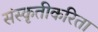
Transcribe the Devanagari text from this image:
संस्कृतीकरिता